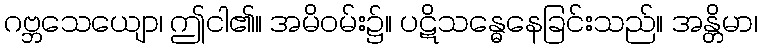
ဂဗ္ဘသေယျော၊ ဤငါ၏။ အမိဝမ်း၌။ ပဋိသန္ဓေနေခြင်းသည်။ အန္တိမာ၊